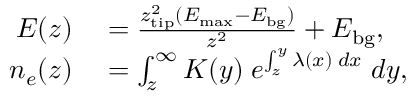
\begin{array} { r l } { E ( z ) } & { { } = \frac { z _ { \mathrm { t i p } } ^ { 2 } ( E _ { \mathrm { m a x } } - E _ { \mathrm { b g } } ) } { z ^ { 2 } } + E _ { \mathrm { b g } } , } \\ { n _ { e } ( z ) } & { { } = \int _ { z } ^ { \infty } K ( y ) \; e ^ { \int _ { z } ^ { y } \lambda ( x ) \; d x } \; d y , } \end{array}